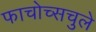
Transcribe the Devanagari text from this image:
फाचोच्सचुले